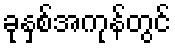
ခုနှစ်အကုန်တွင်